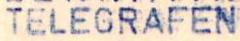
TELEGRAFEN